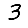
Digit: 3